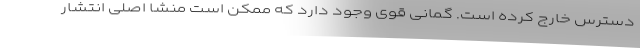
دسترس خارج کرده است. گمانی قوی وجود دارد که ممکن است منشا اصلی انتشار